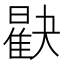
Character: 𪱖